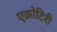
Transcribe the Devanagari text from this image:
एक्रोटिरी